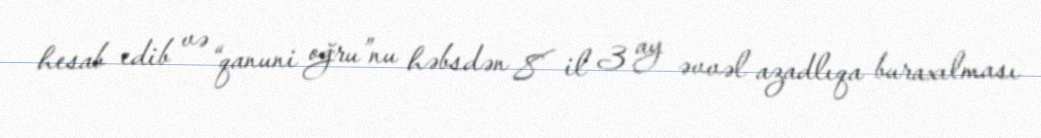
hesab edib və “qanuni oğru”nu həbsdən 8 il 3 ay əvvəl azadlıqa buraxılması